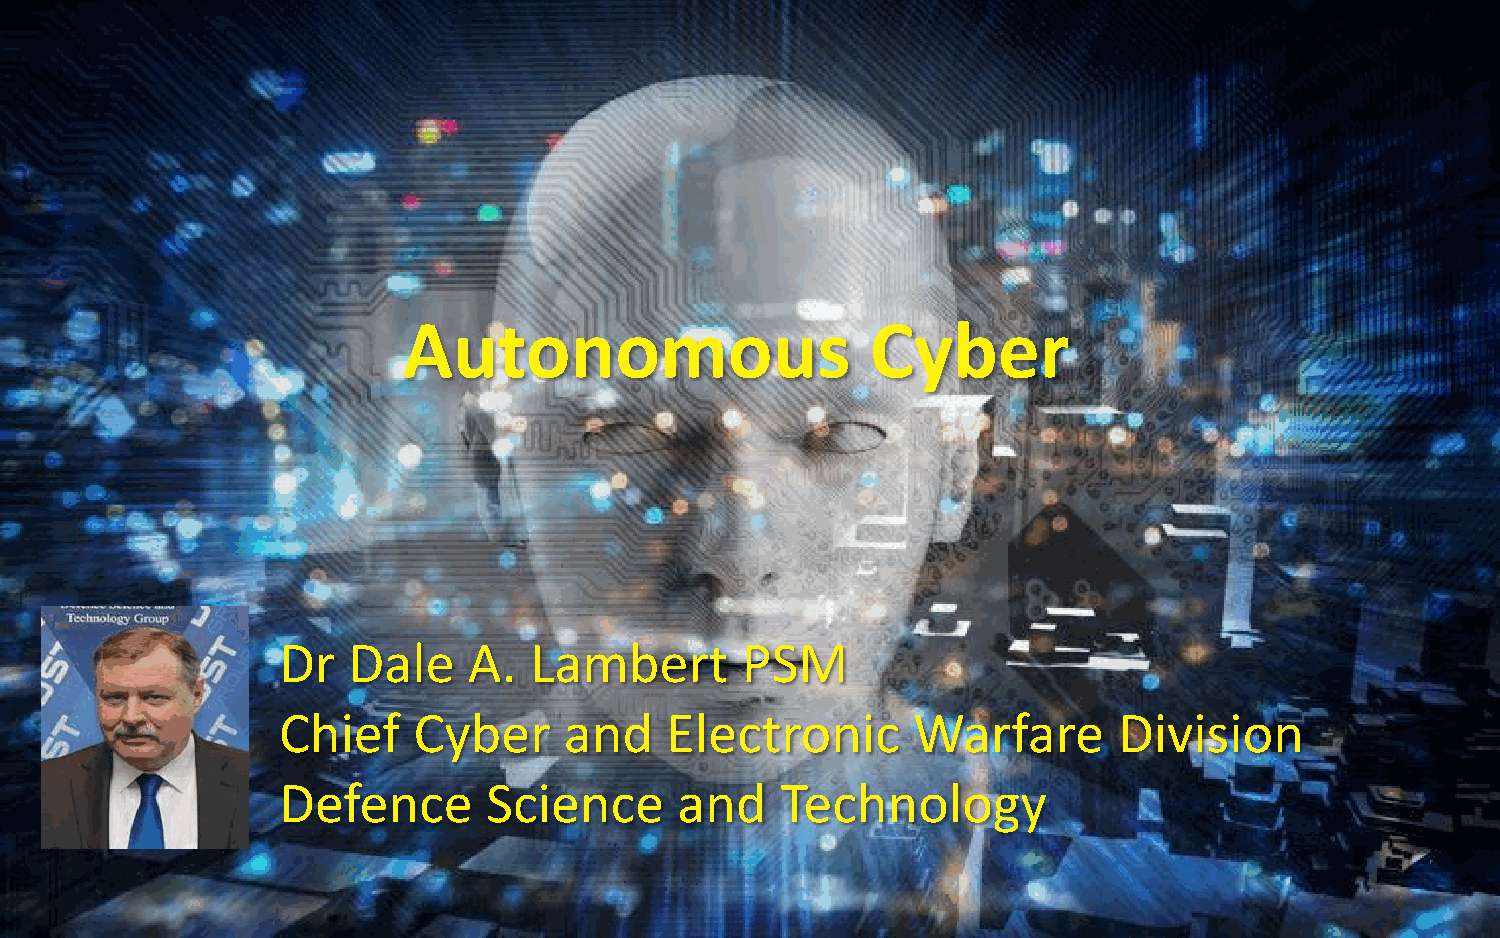
Autonomous                     Cyber
 Dr   Dale    A.  Lambert       PSM
 Chief    Cyber     and    Electronic      Warfare       Division
 Defence       Science      and    Technology